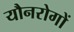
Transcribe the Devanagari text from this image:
यौनरोगों